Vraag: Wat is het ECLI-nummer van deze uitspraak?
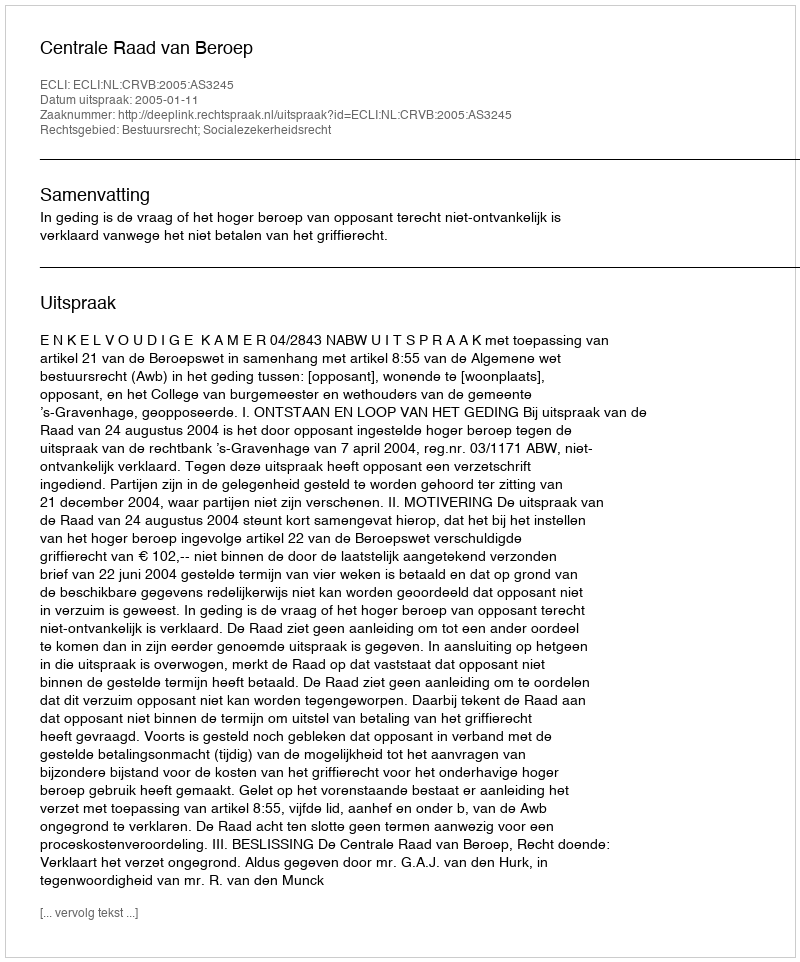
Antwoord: ECLI:NL:CRVB:2005:AS3245